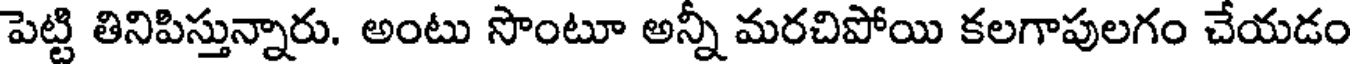
పెట్టి తినిపిస్తున్నారు. అంటు సొంటూ అన్నీ మరచిపోయి కలగాపులగం చేయడం